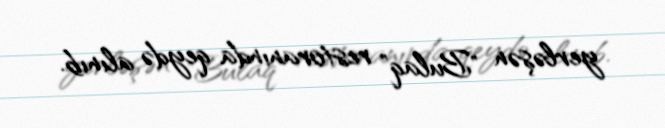
yerləşən "Bulaq" restoranında qeydə alınıb.